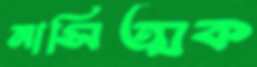
নাসিত্মক